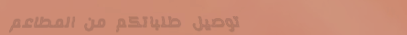
توصيل طلباتكم من المطاعم